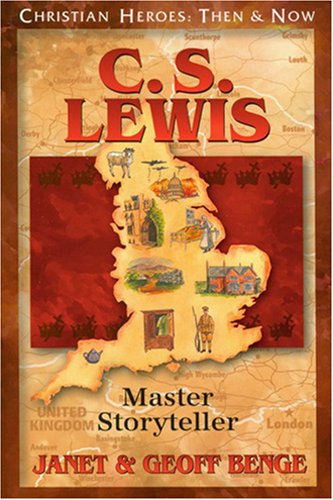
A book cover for C.S. Lewis: Master Storyteller (Christian Heroes: Then & Now); Geoff Benge; Children's Books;